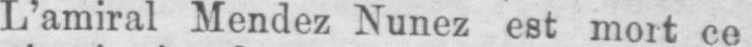
L’amiral Mendez Nunez est mort ce